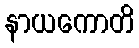
နာယကောတိ